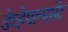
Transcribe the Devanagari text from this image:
डेव्हेपल्पमेंट